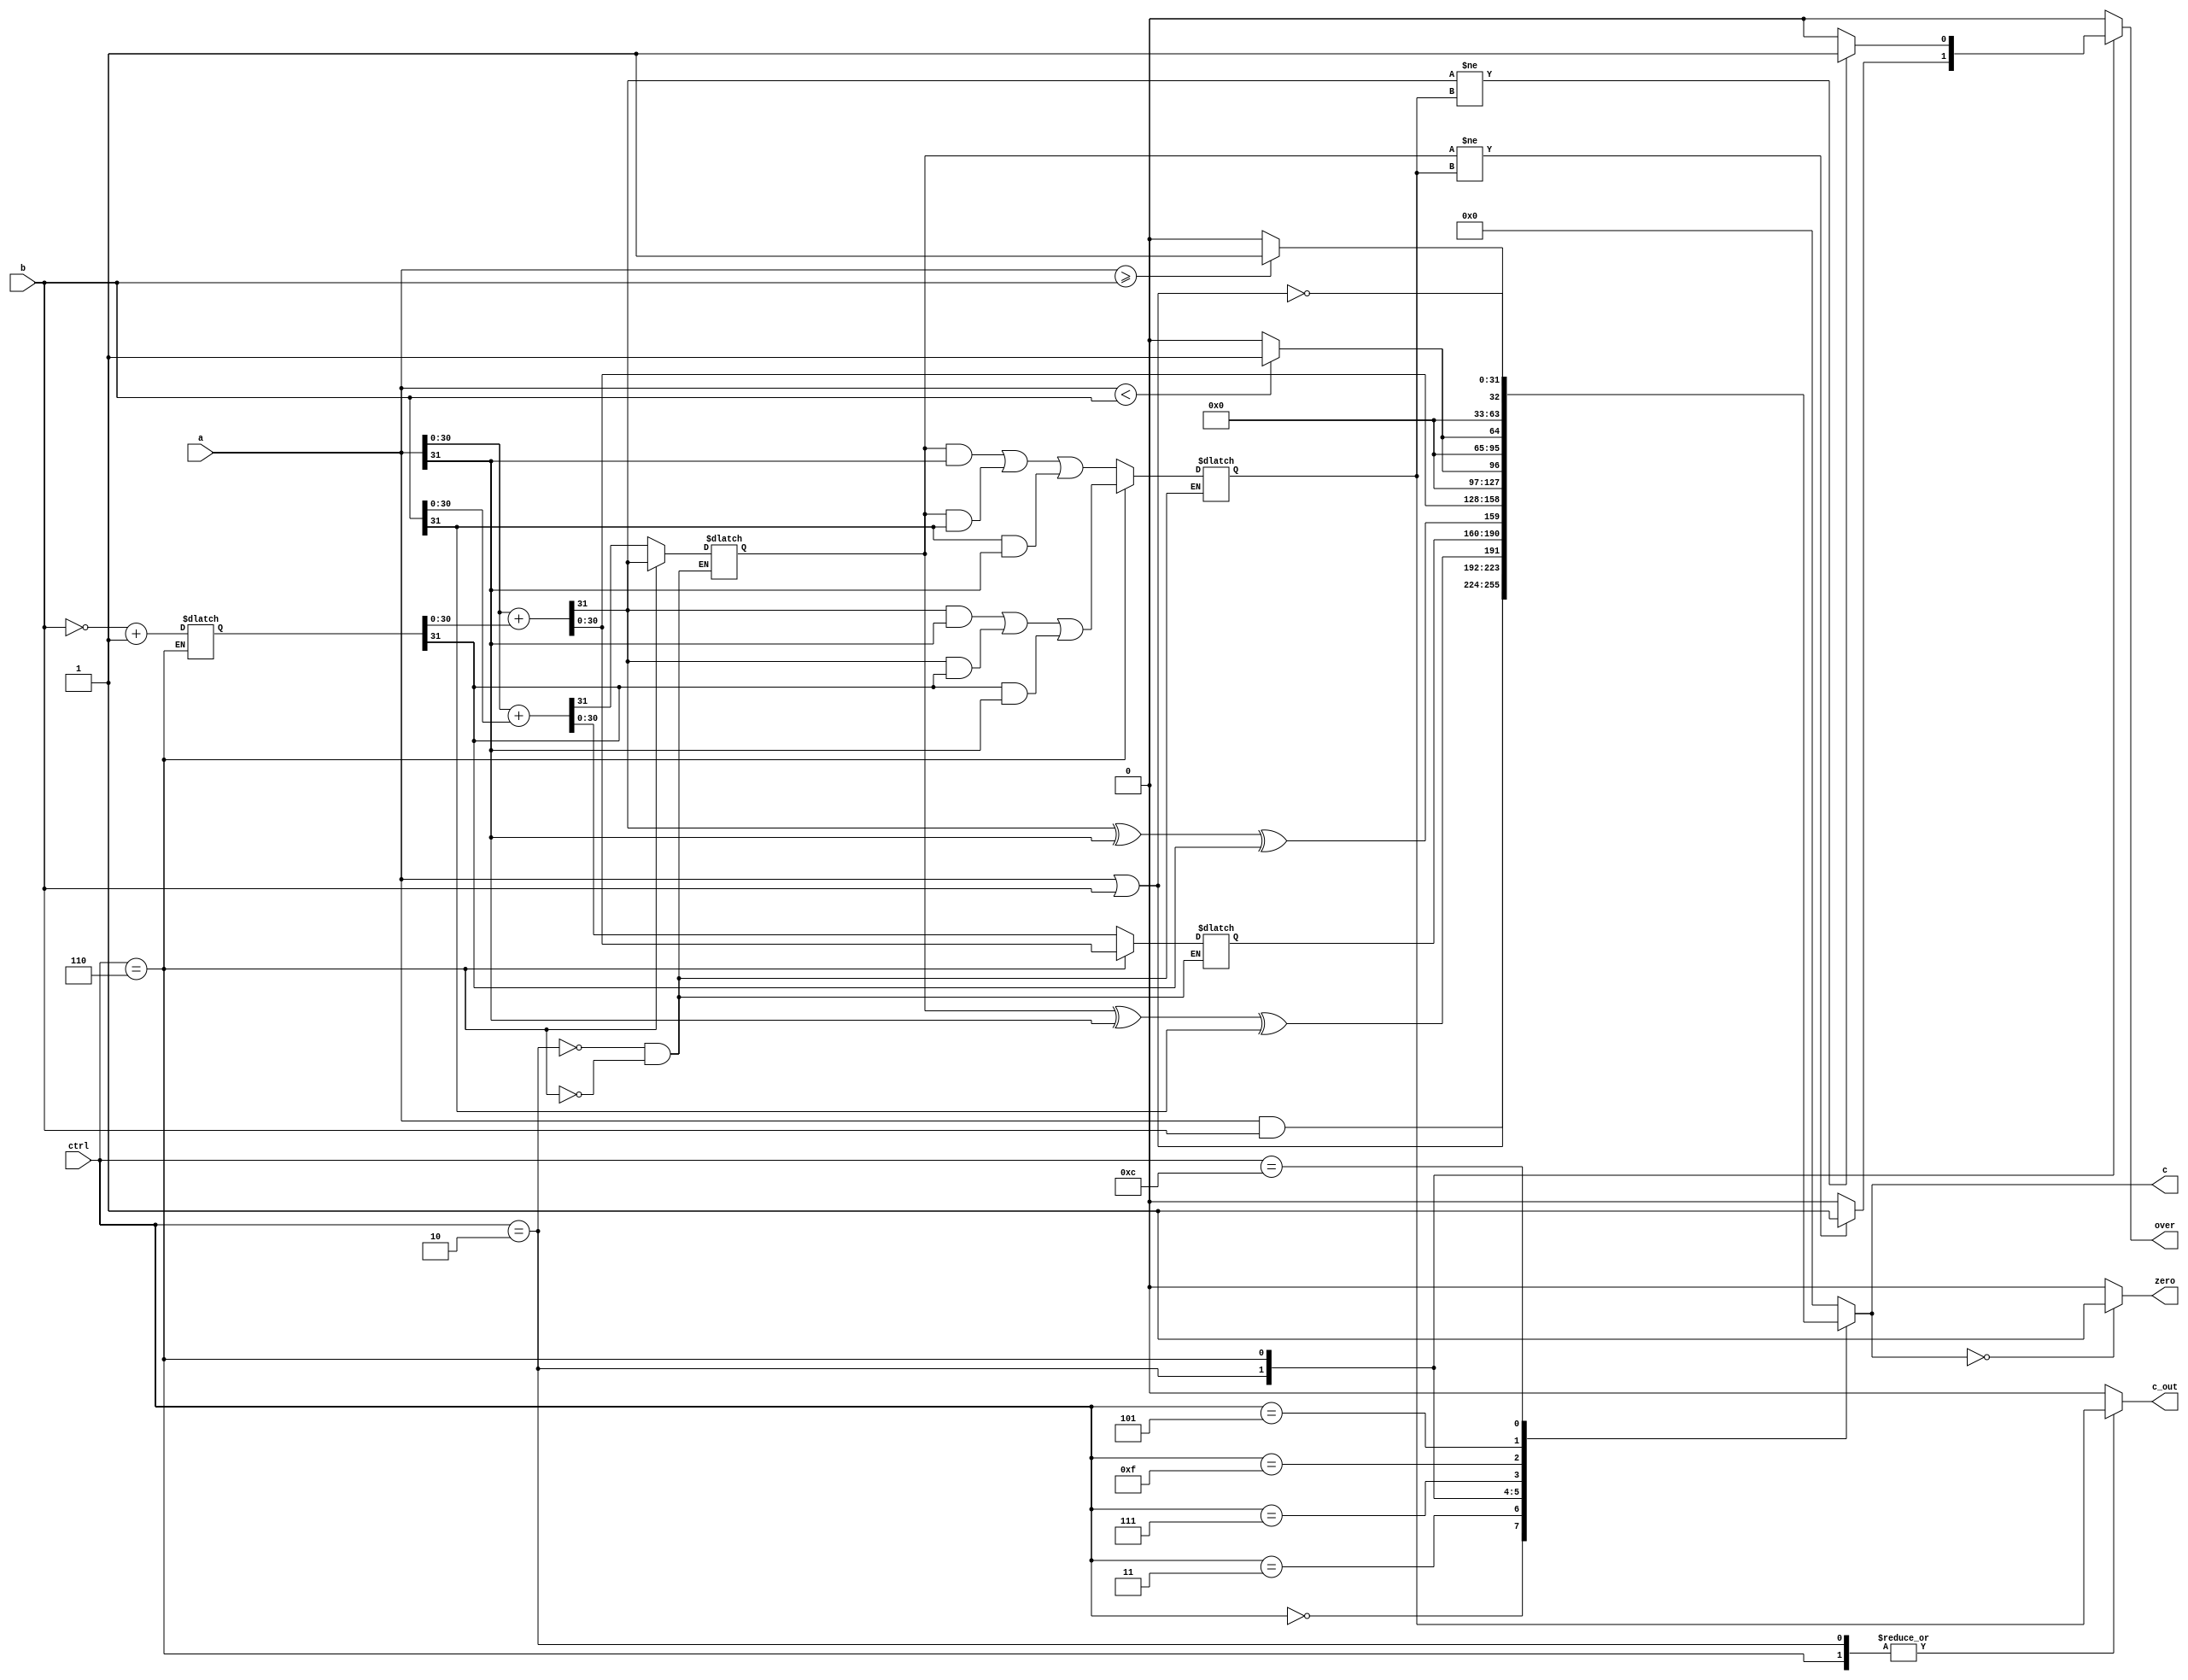
// Brian Gravelle
// CIS 510 Complex Digital Design
// Lab1 April 13 2016
// ALU

module alu #(parameter DATA_WIDTH  = 32, parameter CTRL_BITS = 4) (ctrl, a, b, c, zero, over, c_out);
   
  localparam AND  = 4'b0000, 
             OR   = 4'b0011, 
             XOR  = 4'b0001, 
             ADD  = 4'b0010, 
             SUB  = 4'b0110, 
             SLT  = 4'b0111, 
             SLTU = 4'b1111, 
             SGE  = 4'b0101, 
             SGEU = 4'b1101, 
             NOR  = 4'b1100;

   output reg [DATA_WIDTH-1:0] c;
   output reg zero, over, c_out;
   input [DATA_WIDTH-1:0] a, b;
   input [CTRL_BITS-1:0] ctrl;

   reg cn, co;
   reg [DATA_WIDTH-1:0] neg_b;
   reg [DATA_WIDTH-2:0] c_temp;

   always @ (*)
   begin
      case ( ctrl )
        AND : begin
          c <= a & b; // and
          over <= 0;
          c_out <= 0;
          end
        OR  : begin 
          c <= a | b; // or
          over <= 0;
          c_out <= 0;
          end
        ADD : begin 
          {cn, c_temp} <= a[DATA_WIDTH-2:0] + b[DATA_WIDTH-2:0]; // add
          c <= {(cn ^ a[DATA_WIDTH-1] ^ b[DATA_WIDTH-1]), c_temp};
          co <= (cn & a[DATA_WIDTH-1]) | (cn & b[DATA_WIDTH-1]) | (b[DATA_WIDTH-1] & a[DATA_WIDTH-1]);
          over <= (cn != co ? 1 : 0);
          c_out <= co;
          end
        SUB : begin 
          neg_b <= (~b) + 1;
          {cn, c_temp} = a[DATA_WIDTH-2:0] + neg_b[DATA_WIDTH-2:0]; // add
          c <= {(cn ^ a[DATA_WIDTH-1] ^ neg_b[DATA_WIDTH-1]), c_temp};
          co <= (cn & a[DATA_WIDTH-1]) | (cn & neg_b[DATA_WIDTH-1]) | (neg_b[DATA_WIDTH-1] & a[DATA_WIDTH-1]);
          over <= (cn != co ? 1 : 0);
          c_out <= co;
          end
        SLT : begin 
          c <= a < b ? 1 : 0; // slt
          over <= 0;
          c_out <= 0;
          end
        SLTU : begin 
          c <= {1'b0, a} < {1'b0, b} ? 1 : 0; // slt
          over <= 0;
          c_out <= 0;
          end
        SGE : begin
          c <= a >= b ? 1 : 0; // sge for BGRE in RISCV
          over <= 0;
          c_out <= 0;
          end
        SLTU : begin 
          c <= {1'b0, a} >= {1'b0, b} ? 1 : 0; // slt
          over <= 0;
          c_out <= 0;
          end
        NOR : begin 
          c <= ~(a | b); // nor
          over <= 0;
          c_out <= 0;
          end
        default : begin
          c <= 0; over <= 0; c_out <= 0;
          end
      endcase

      zero = c == 0 ? 1 : 0;

   end

endmodule

module tb_alu; 
   parameter data_width  = 32;
   parameter ctrl_bit = 4;

  localparam AND  = 4'b0000, 
             OR   = 4'b0011, 
             XOR  = 4'b0001, 
             ADD  = 4'b0010, 
             SUB  = 4'b0110, 
             SLT  = 4'b0111, 
             SLTU = 4'b1111, 
             SGE  = 4'b0101, 
             SGEU = 4'b1101, 
             NOR  = 4'b1100;

   wire [data_width-1:0] c;
   wire over, c_out, zero;
   reg [ctrl_bit-1:0] ctrl;
   reg [data_width-1:0] a, b;

   alu my_alu ( 
   .ctrl (ctrl), 
   .a (a), 
   .b (b), 
   .c (c), 
   .zero (zero), 
   .over (over), 
   .c_out (c_out) 
   ); 
    
   initial 
   begin  
   a    = 0;
   b    = 0;
   ctrl = 0;
   #32 a    = 32'h00FF00FF;
       b    = 32'h00FFFF00;
       ctrl = 4'b0000;
       $display("Expect a=%h b=%h op=%h c=%h over=%b c_out=%b zero=%b", a, b, ctrl, a & b, 1'b0, 1'b0, 1'b0);
   #10 $display("Actual a=%h b=%h op=%h c=%h over=%b c_out=%b zero=%b", a, b, ctrl, c, over, c_out, zero);
       a    = 32'h00FF00FF;
       b    = 32'h00FFFF00;
       ctrl = 4'b0001;
       $display("Expect a=%h b=%h op=%h c=%h over=%b c_out=%b zero=%b", a, b, ctrl, a | b, 1'b0, 1'b0, 1'b0);
   #10 $display("Actual a=%h b=%h op=%h c=%h over=%b c_out=%b zero=%b", a, b, ctrl, c, over, c_out, zero);
       a    = 75;
       b    = 25;
       ctrl = 4'b0010;
       $display("Expect a=%d b=%d op=%h c=%d over=%b c_out=%b zero=%b", a, b, ctrl, a + b, 1'b0, 1'b0, 1'b0);
   #10 $display("Actual a=%d b=%d op=%h c=%d over=%b c_out=%b zero=%b", a, b, ctrl, c, over, c_out, zero);
       a    = -75;
       b    = 25;
       ctrl = 4'b0010;
       $display("Expect a=%d b=%d op=%h c=%d over=%b c_out=%b zero=%b", a, b, ctrl, a + b, 1'b0, 1'b0, 1'b0);
   #10 $display("Actual a=%d b=%d op=%h c=%d over=%b c_out=%b zero=%b", a, b, ctrl, c, over, c_out, zero);
       a    = 1;
       b    = -1;
       ctrl = 4'b0010;
       $display("Expect a=%d b=%d op=%h c=%d over=%b c_out=%b zero=%b", a, b, ctrl, a + b, 1'b0, 1'b1, 1'b1);
   #10 $display("Actual a=%d b=%d op=%h c=%d over=%b c_out=%b zero=%b", a, b, ctrl, c, over, c_out, zero);
       a    = 32'h80000000;
       b    = 32'h80000000;
       ctrl = 4'b0010;
       $display("Expect a=%h b=%h op=%h c=%h over=%b c_out=%b zero=%b", a, b, ctrl, a + b, 1'b1, 1'b1, 1'b1);
   #10 $display("Actual a=%h b=%h op=%h c=%h over=%b c_out=%b zero=%b", a, b, ctrl, c, over, c_out, zero);
       a    = 75;
       b    = 25;
       ctrl = 4'b0110;
       $display("Expect a=%d b=%d op=%h c=%d over=%b c_out=%b zero=%b", a, b, ctrl, a - b, 1'b0, 1'b1, 1'b0);
   #10 $display("Actual a=%d b=%d op=%h c=%d over=%b c_out=%b zero=%b", a, b, ctrl, c, over, c_out, zero);
       a    = -75;
       b    = 25;
       ctrl = 4'b0110;
       $display("Expect a=%d b=%d op=%h c=%d over=%b c_out=%b zero=%b", a, b, ctrl, a - b, 1'b0, 1'b0, 1'b0);
   #10 $display("Actual a=%d b=%d op=%h c=%d over=%b c_out=%b zero=%b", a, b, ctrl, c, over, c_out, zero);
       a    = 1;
       b    = 1;
       ctrl = 4'b0110;
       $display("Expect a=%d b=%d op=%h c=%d over=%b c_out=%b zero=%b", a, b, ctrl, a - b, 1'b0, 1'b1, 1'b1);
   #10 $display("Actual a=%d b=%d op=%h c=%d over=%b c_out=%b zero=%b", a, b, ctrl, c, over, c_out, zero);
       a    = 32'h80000001;
       b    = 32'h00000010;
       ctrl = 4'b0110;
       $display("Expect a=%h b=%h op=%h c=%h over=%b c_out=%b zero=%b", a, b, ctrl, a - b, 1'b1, 1'b1, 1'b1);
   #10 $display("Actual a=%h b=%h op=%h c=%h over=%b c_out=%b zero=%b", a, b, ctrl, c, over, c_out, zero);
       a    = 32'd5;
       b    = 32'd3;
       ctrl = 4'b0101;
       $display("Expect a=%h b=%h op=%h c=%h over=%b c_out=%b zero=%b", a, b, ctrl, a >= b, 1'b0, 1'b0, 1'b0);
   #10 $display("Actual a=%h b=%h op=%h c=%h over=%b c_out=%b zero=%b", a, b, ctrl, c, over, c_out, zero);
       a    = 32'hFFFFBEEF;
       b    = 32'd3;
       ctrl = 4'b0101;
       $display("Expect a=%h b=%h op=%h c=%h over=%b c_out=%b zero=%b", a, b, ctrl, a >= b, 1'b0, 1'b0, 1'b0);
   #10 $display("Actual a=%h b=%h op=%h c=%h over=%b c_out=%b zero=%b", a, b, ctrl, c, over, c_out, zero);
       a    = 32'd5;
       b    = 32'd10;
       ctrl = 4'b0101;
       $display("Expect a=%h b=%h op=%h c=%h over=%b c_out=%b zero=%b", a, b, ctrl, a >= b, 1'b0, 1'b0, 1'b1);
   #10 $display("Actual a=%h b=%h op=%h c=%h over=%b c_out=%b zero=%b", a, b, ctrl, c, over, c_out, zero);
       a    = 32'd5;
       b    = 32'd3;
       ctrl = 4'b0111;
       $display("Expect a=%h b=%h op=%h c=%h over=%b c_out=%b zero=%b", a, b, ctrl, a < b, 1'b0, 1'b0, 1'b1);
   #10 $display("Actual a=%h b=%h op=%h c=%h over=%b c_out=%b zero=%b", a, b, ctrl, c, over, c_out, zero);
       a    = 32'hFFFFBEEF;
       b    = 32'd3;
       ctrl = 4'b0111;
       $display("Expect a=%h b=%h op=%h c=%h over=%b c_out=%b zero=%b", a, b, ctrl, a < b, 1'b0, 1'b0, 1'b0);
   #10 $display("Actual a=%h b=%h op=%h c=%h over=%b c_out=%b zero=%b", a, b, ctrl, c, over, c_out, zero);
       a    = 32'h0FFFBEEF;
       b    = 32'hFFFFFFF3;
       ctrl = SLTU;
       $display("Expect a=%h b=%h op=%h c=%h over=%b c_out=%b zero=%b", a, b, ctrl, 1, 1'b0, 1'b0, 1'b0);
   #10 $display("Actual a=%h b=%h op=%h c=%h over=%b c_out=%b zero=%b", a, b, ctrl, c, over, c_out, zero);
       a    = 32'h00FF00FF;
       b    = 32'h00FFFF00;
       ctrl = 4'b1100;
       $display("Expect a=%h b=%h op=%h c=%h over=%b c_out=%b zero=%b", a, b, ctrl, ~(a | b), 1'b0, 1'b0, 1'b0);
   #10 $display("Actual a=%h b=%h op=%h c=%h over=%b c_out=%b zero=%b", a, b, ctrl, c, over, c_out, zero);

   end

    
endmodule